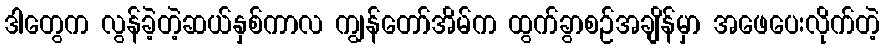
ဒါတွေက လွန်ခဲ့တဲ့ဆယ်နှစ်ကာလ ကျွန်တော်အိမ်က ထွက်ခွာစဉ်အချိန်မှာ အဖေပေးလိုက်တဲ့